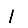
Digit: 1